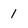
Character: 1